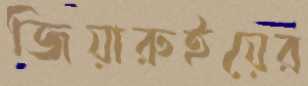
জিয়ারুইয়ের